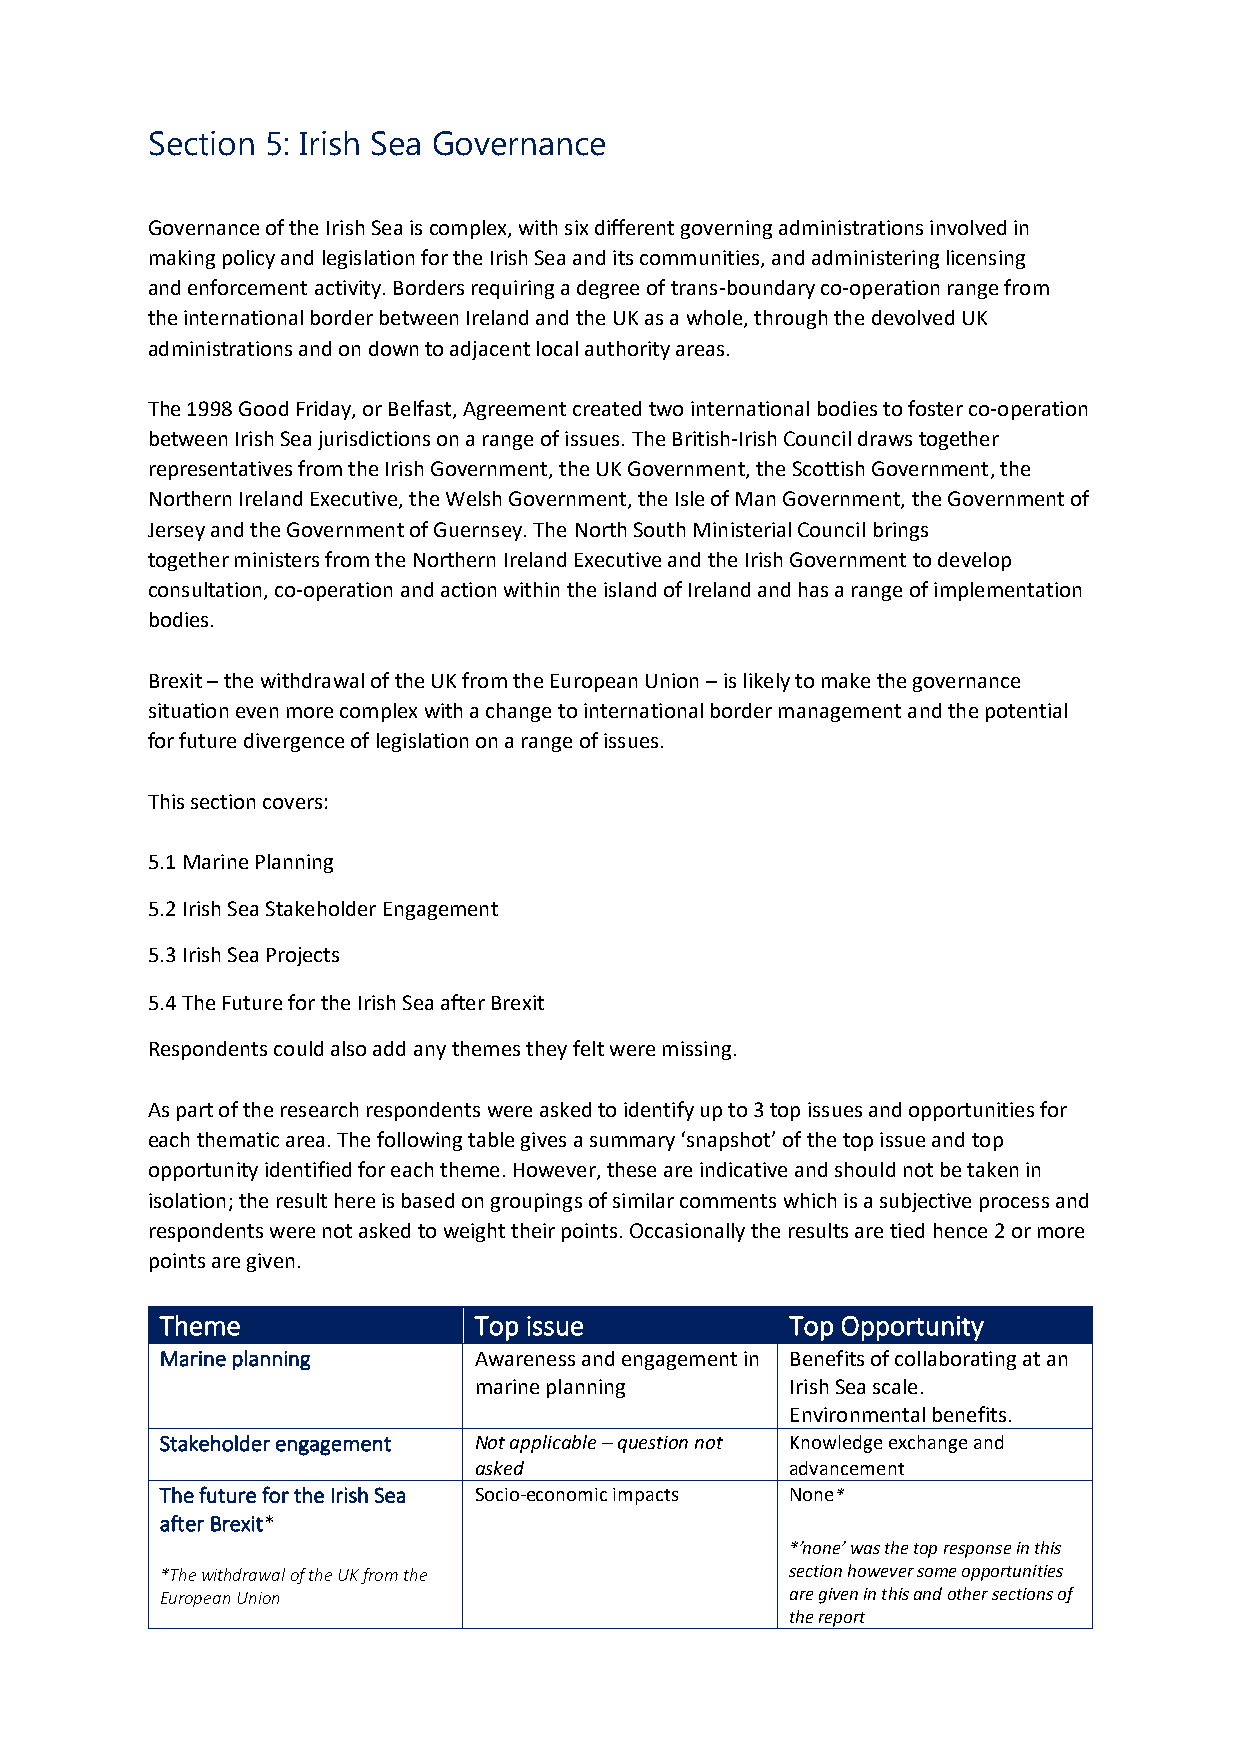
Section 5: Irish Sea Governance
 Governance of the Irish Sea is complex, with six different governing administrations involved in
 making policy and legislation for the Irish Sea and its communities, and administering licensing
 and enforcement activity. Borders requiring a degree of trans-boundary co-operation range from
 the international border between Ireland and the UK as a whole, through the devolved UK
 administrations and on down to adjacent local authority areas.
 The 1998 Good Friday, or Belfast, Agreement created two international bodies to foster co-operation
 between Irish Sea jurisdictions on a range of issues. The British-Irish Council draws together
 representatives from the Irish Government, the UK Government, the Scottish Government, the
 Northern Ireland Executive, the Welsh Government, the Isle of Man Government, the Government of
 Jersey and the Government of Guernsey. The North South Ministerial Council brings
 together ministers from the Northern Ireland Executive and the Irish Government to develop
 consultation, co-operation and action within the island of Ireland and has a range of implementation
 bodies.
 Brexit – the withdrawal of the UK from the European Union – is likely to make the governance
 situation even more complex with a change to international border management and the potential
 for future divergence of legislation on a range of issues.
 This section covers:
 5.1 Marine Planning
 5.2 Irish Sea Stakeholder Engagement
 5.3 Irish Sea Projects
 5.4 The Future for the Irish Sea after Brexit
 Respondents could also add any themes they felt were missing.
 As part of the research respondents were asked to identify up to 3 top issues and opportunities for
 each thematic area. The following table gives a summary ‘snapshot’ of the top issue and top
 opportunity identified for each theme. However, these are indicative and should not be taken in
 isolation; the result here is based on groupings of similar comments which is a subjective process and
 respondents were not asked to weight their points. Occasionally the results are tied hence 2 or more
 points are given.
 Theme               Top issue            Top Opportunity
 Marine planning     Awareness and engagement in Benefits of collaborating at an
 marine planning      Irish Sea scale.
 Environmental benefits.
 Stakeholder engagement Not applicable – question not Knowledge exchange and
 asked                advancement
 The future for the Irish Sea Socio-economic impacts None*
 after Brexit*
 *’none’ was the top response in this
 *The withdrawal of the UK from the       section however some opportunities
 European Union                           are given in this and other sections of
 the report